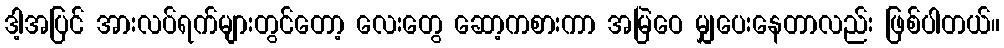
ဒါ့အပြင် အားလပ်ရက်များတွင်တော့ လေးတွေ ဆော့ကစားကာ အမြဲဝေ မျှပေးနေတာလည်း ဖြစ်ပါတယ်။